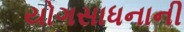
યોગસાધનાની